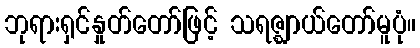
ဘုရားရှင်နှုတ်တော်ဖြင့် သရဇ္ဈာယ်တော်မူပုံ။